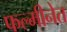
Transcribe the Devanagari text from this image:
फल्मीनेत